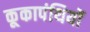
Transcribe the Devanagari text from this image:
कूकापंथियों